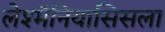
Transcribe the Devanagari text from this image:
लेश्मॅनियासिसला